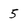
Character: 5